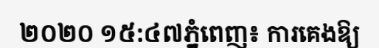
២០២០ ១៥:៤៧ភ្នំពេញ៖ ការគេងឱ្យ